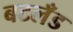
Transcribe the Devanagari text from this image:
बटलँड